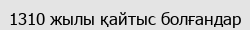
1310 жылы қайтыс болғандар